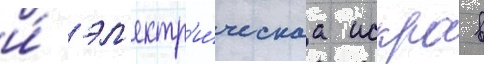
и́ эл'ектр'и́ческаа искра в